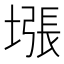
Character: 㙣